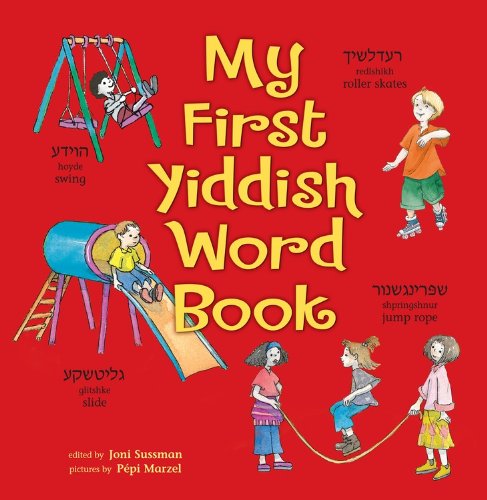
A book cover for My First Yiddish Word Book (Israel); Joni Sussman; Children's Books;